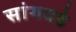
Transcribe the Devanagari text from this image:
सांगवडे